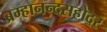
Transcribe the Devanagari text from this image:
ब्रम्हानन्दसहोदर